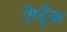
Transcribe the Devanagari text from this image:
ऐम्ट्रैक